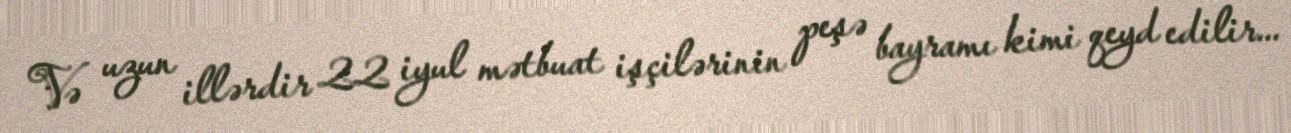
Və uzun illərdir 22 iyul mətbuat işçilərinin peşə bayramı kimi qeyd edilir...